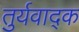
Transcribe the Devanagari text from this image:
तुर्यवाद्क